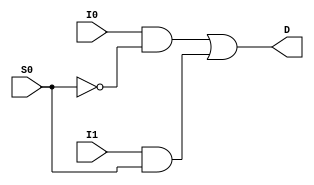
`timescale 1 ns/1 ns

module mux2x1(I1, I0, S0, D);
  
  input I1, I0, S0;
  output D;
    
   wire  N2, N3;
	
   and and1(N2, I0,~S0);
   and and2(N3, I1, S0);
   or or1(D, N2, N3);   
  
endmodule